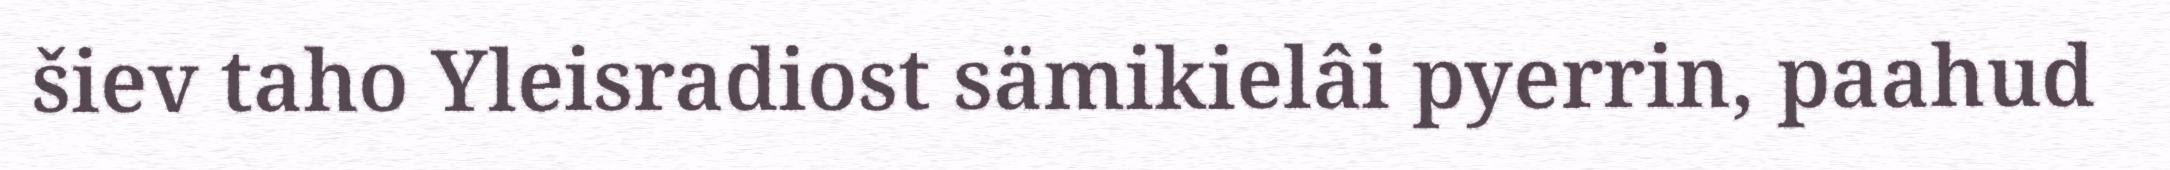
šiev taho Yleisradiost sämikielâi pyerrin, paahud